Senior Leaving Certificate Examination (including Day School Certificate (Higher) General paper), 1948
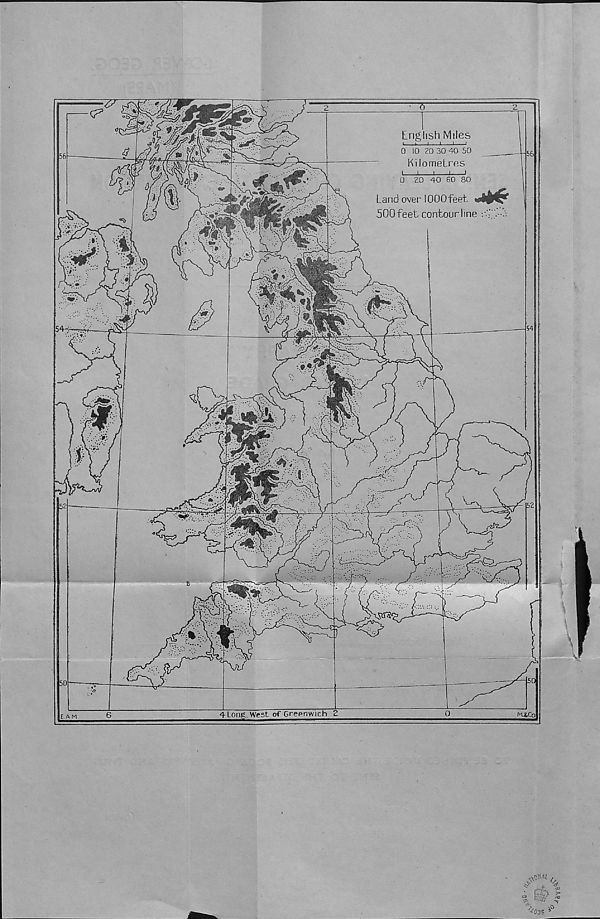
0
English Miles
t- »- 1 l -A l
0 10 ZO 30 40 50
Kilometres
i i
i—i—i
0 ZO 40 60 80
Land over lOOOfeet
500 feet contour line